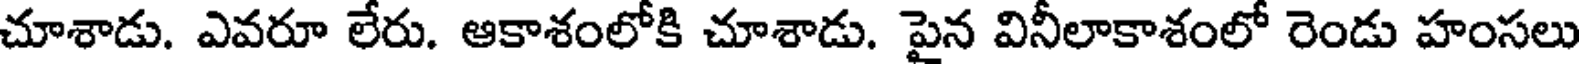
చూశాడు. ఎవరూ లేరు. ఆకాశంలోకి చూశాడు. పైన వినీలాకాశంలో రెండు హంసలు